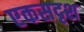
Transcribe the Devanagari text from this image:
एकसदृश